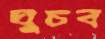
ঘুচব